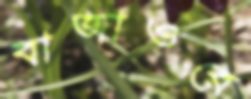
বাজাওরে